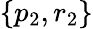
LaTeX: \{ p_{2},r_{2}\}